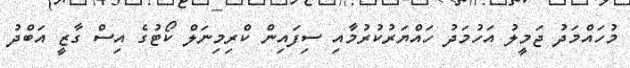
މުހައްމަދު ޖަމީލު އަހުމަދު ހައްޔަރުކުރުމާއި ސިފައިން ކްރިމިނަލް ކޯޓުގެ އިސް ގާޒީ އަބްދު